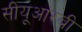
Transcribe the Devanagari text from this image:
सीयूआरबी